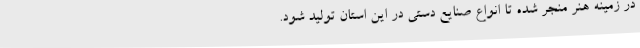
در زمینه هنر منجر شده تا انواع صنایع دستی در این استان تولید شود.